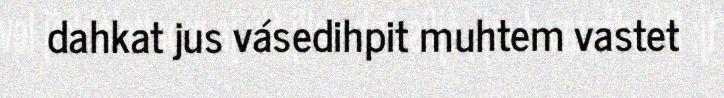
dahkat jus vásedihpit muhtem vastet